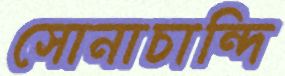
সোনাচান্দি